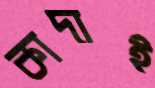
কাদাই